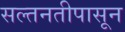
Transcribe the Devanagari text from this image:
सल्तनतीपासून